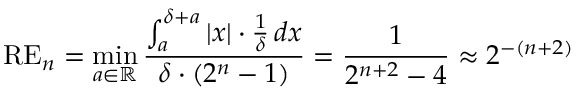
\mathrm { R E } _ { n } = \operatorname* { m i n } _ { a \in \mathbb { R } } \frac { \int _ { a } ^ { \delta + a } \vert x \vert \cdot \frac { 1 } { \delta } \, d x } { \delta \cdot ( 2 ^ { { n } } - 1 ) } = \frac { 1 } { 2 ^ { { n + 2 } } - 4 } \approx 2 ^ { - ( n + 2 ) }